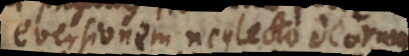
eversionem neglecto deorum